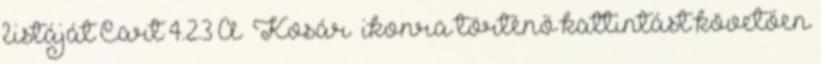
listáját Cart 4.2.3 A „Kosár” ikonra történő kattintást követően